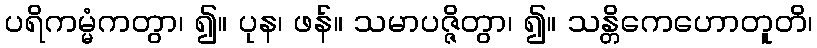
ပရိကမ္မံကတွာ၊ ၍။ ပုန၊ ဖန်။ သမာပဇ္ဇိတွာ၊ ၍။ သန္တိကေဟောတူတိ၊